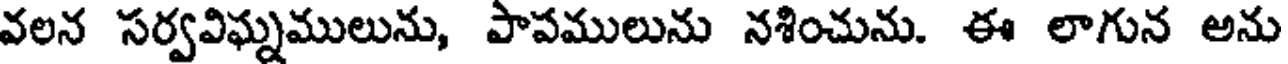
వలన సర్వవిఘ్నములును, పాపములును నశించును. ఈ లాగున అను